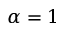
\alpha = 1